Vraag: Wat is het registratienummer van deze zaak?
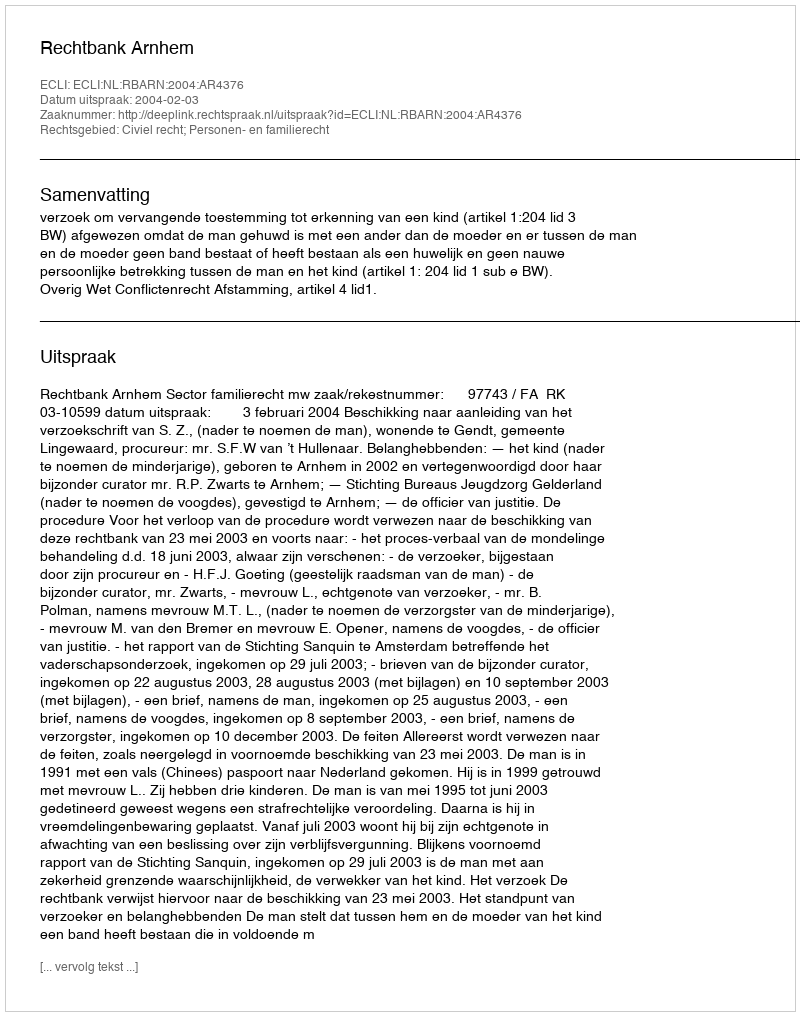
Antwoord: http://deeplink.rechtspraak.nl/uitspraak?id=ECLI:NL:RBARN:2004:AR4376